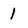
Character: 1